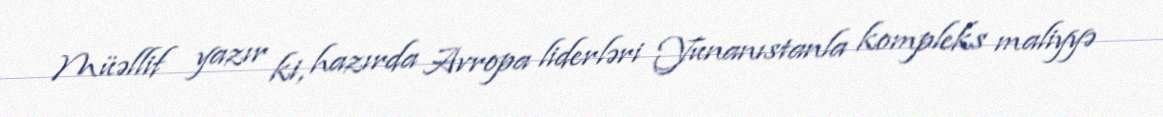
Müəllif yazır ki, hazırda Avropa liderləri Yunanıstanla kompleks maliyyə